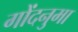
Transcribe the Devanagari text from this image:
गोंदनुमा